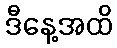
ဒီနေ့အထိ